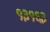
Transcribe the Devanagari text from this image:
१३१६३